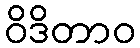
ဝိဒိတာဝ